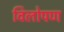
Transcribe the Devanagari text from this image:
विलोपण